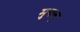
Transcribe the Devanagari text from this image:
मुगल्